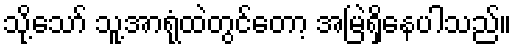
သို့သော် သူ့အာရုံထဲတွင်တော့ အမြဲရှိနေပါသည်။